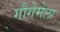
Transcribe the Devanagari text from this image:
गौगेमेला